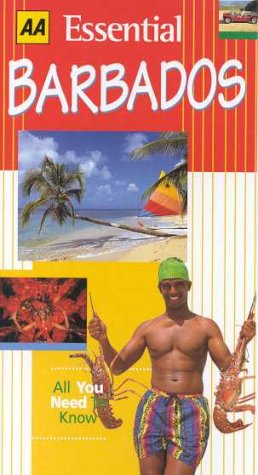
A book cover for Essential Barbados (AA Essential); Lee Karen Stow; Travel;